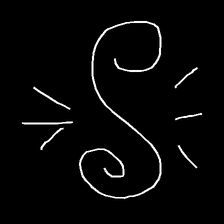
Glyph: wind-directs-air